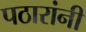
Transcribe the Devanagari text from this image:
पठारांनी